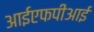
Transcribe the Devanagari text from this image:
आईएफपीआई